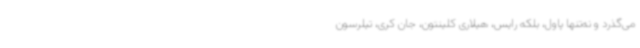
می‌گذرد و نه‌تنها پاول، بلکه رایس، هیلاری کلینتون، جان کری، تیلرسون